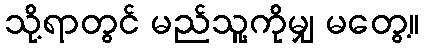
သို့ရာတွင် မည်သူ့ကိုမျှ မတွေ့။